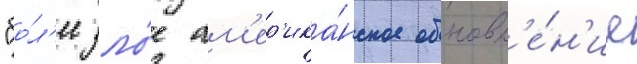
"бо́л'ее зло́е ам'ер'ика́нское обновл'е́н'ие